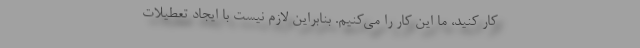
کار کنید، ما این کار را می‌کنیم. بنابراین لازم نیست با ایجاد تعطیلات